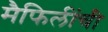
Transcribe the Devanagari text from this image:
मैफिलींची